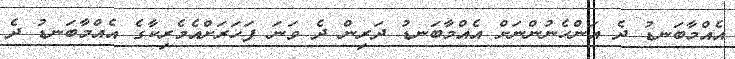
އެއްމާބަނޑު ދެ އަންހެނުންނަށް އެއްމާބަނޑު ދަރިން ދެ ވަނަ ފަހަރަށްއެމެރިކާގެ އެއްމާބަނޑު ދެ